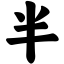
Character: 半